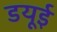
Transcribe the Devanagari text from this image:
डयूई